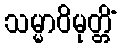
သမ္မာဝိမုတ္တိံ